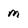
Character: m